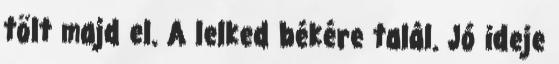
tölt majd el. A lelked békére talál. Jó ideje